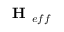
\textbf { H } _ { e f f }